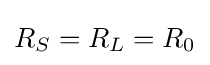
R_{S}=R_{L}=R_{0}